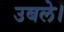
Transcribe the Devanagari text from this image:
उबले।